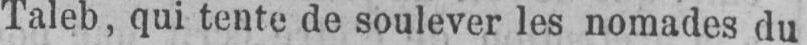
Taleb, qui tente de soulever les nomades du